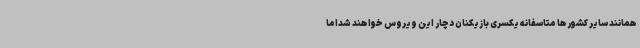
همانند سایر کشورها متاسفانه یکسری بازیکنان دچار این ویروس خواهند شداما